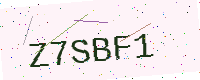
Text: Z7SBF1